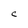
Character: C